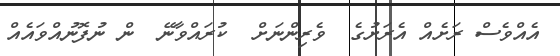
އެއްވެސް ރަށެއް އެރަށުގެ  ވެރިންނަށް  ކުރައްވާނޭ  ން ނުފޮނުއްވައެއް